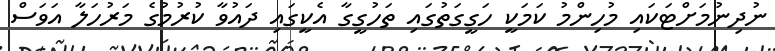
ނުދިނުމަށްޓަކައި މުހިންމު ކަމަކީ ހަގީގަތުގައި ތަހުގީގާ އެކީގައި ދައުވާ ކުރުމުގެ މަރުހަލާ އަވަސް